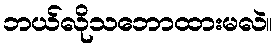
ဘယ်လိုသဘောထားမလဲ။